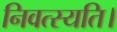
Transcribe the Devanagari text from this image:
निवत्स्यति।